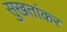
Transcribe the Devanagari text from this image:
सुखतांकर